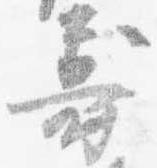
寿